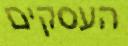
העסקים